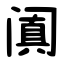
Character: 阗